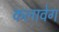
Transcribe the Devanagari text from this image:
कलावेग